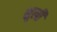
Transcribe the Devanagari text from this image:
शुली